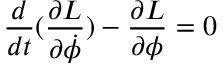
\frac { d } { d t } ( \frac { \partial L } { \partial \dot { \phi } } ) - \frac { \partial L } { \partial \phi } = 0